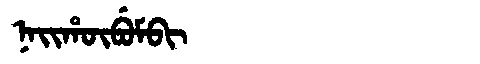
Manchu: ᠨᠠᡳᡥᡡᠪᡠᠮᠪᡳ
Romanization: NAIHŪBUMBI